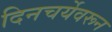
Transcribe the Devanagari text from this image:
दिनचर्येवरून